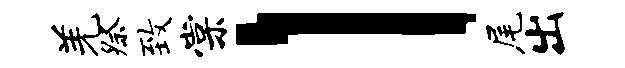
羌祭致棠l尾出